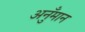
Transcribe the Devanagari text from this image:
अनुँमान